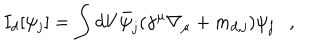
I _ { d } [ \psi _ { j } ] = \int d V \bar { \psi } _ { j } ( \gamma ^ { \mu } \nabla _ { \mu } + m _ { d , j } ) \psi _ { j } ,